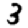
Digit: 3